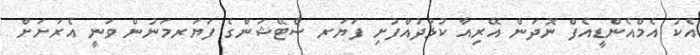
އެކު އެމްއެންޑީއެފް ނޮދަން އޭރިއާ ކުޅުދުއްފުށި ފަޔަރ ސްޓޭޝަންގެ ފަޔަރމަނުން ވަނީ އެރަށަށް